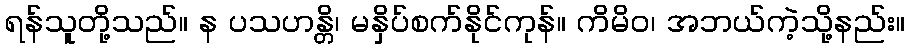
ရန်သူတို့သည်။ န ပသဟန္တိ၊ မနှိပ်စက်နိုင်ကုန်။ ကိမိဝ၊ အဘယ်ကဲ့သို့နည်း။